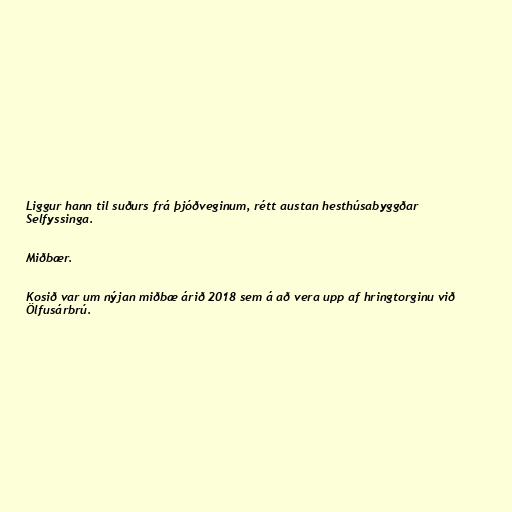
Liggur hann til suðurs frá þjóðveginum, rétt austan hesthúsabyggðar
Selfyssinga.

Miðbær.

Kosið var um nýjan miðbæ árið 2018 sem á að vera upp af hringtorginu við
Ölfusárbrú.